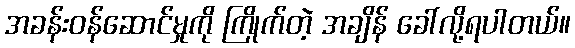
အခန်းဝန်ဆောင်မှုကို ကြိုက်တဲ့ အချိန် ခေါ်လို့ရပါတယ်။